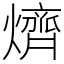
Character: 㸄